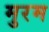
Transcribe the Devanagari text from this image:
मुरम